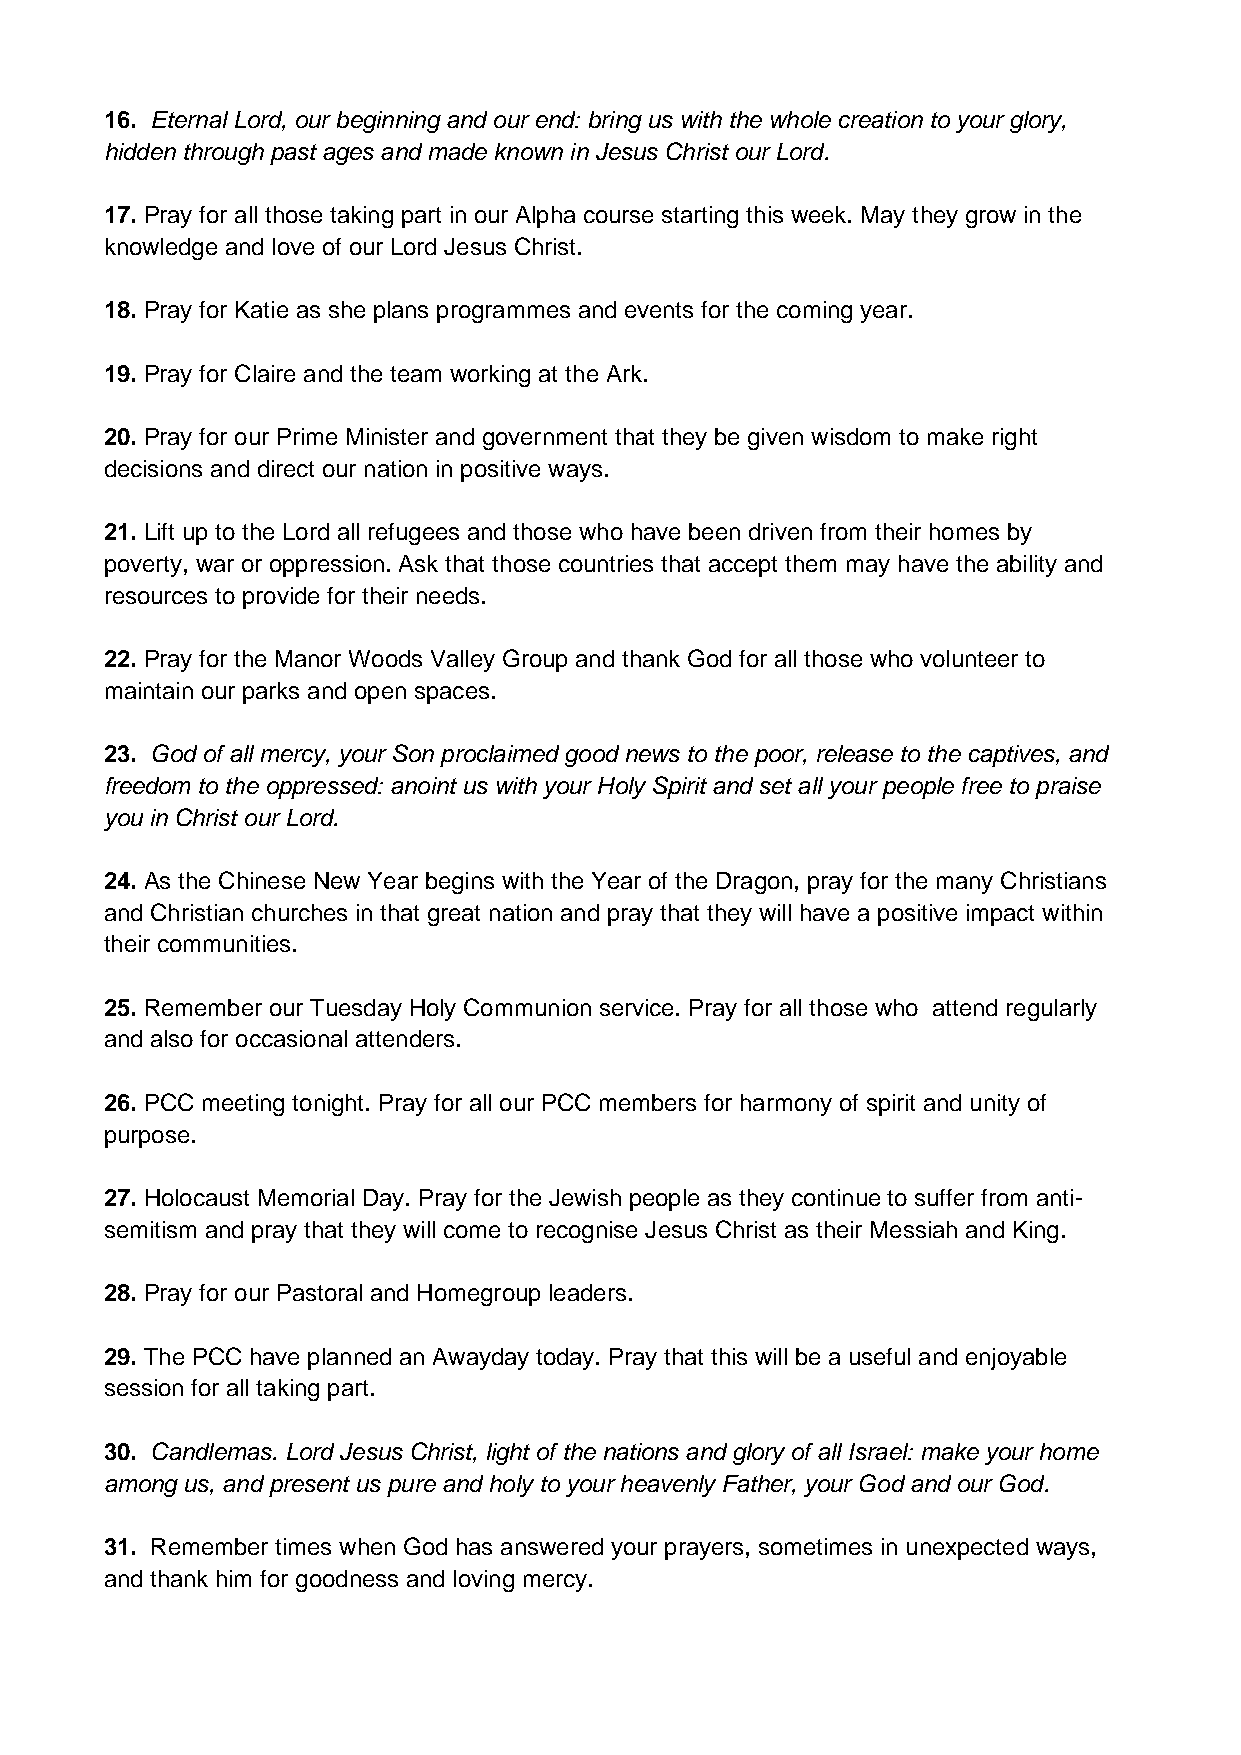
16. Eternal Lord, our beginning and our end: bring us with the whole creation to your glory,
 hidden through past ages and made known in Jesus Christ our Lord.
 17. Pray for all those taking part in our Alpha course starting this week. May they grow in the
 knowledge and love of our Lord Jesus Christ.
 18. Pray for Katie as she plans programmes and events for the coming year.
 19. Pray for Claire and the team working at the Ark.
 20. Pray for our Prime Minister and government that they be given wisdom to make right
 decisions and direct our nation in positive ways.
 21. Lift up to the Lord all refugees and those who have been driven from their homes by
 poverty, war or oppression. Ask that those countries that accept them may have the ability and
 resources to provide for their needs.
 22. Pray for the Manor Woods Valley Group and thank God for all those who volunteer to
 maintain our parks and open spaces.
 23. God of all mercy, your Son proclaimed good news to the poor, release to the captives, and
 freedom to the oppressed: anoint us with your Holy Spirit and set all your people free to praise
 you in Christ our Lord.
 24. As the Chinese New Year begins with the Year of the Dragon, pray for the many Christians
 and Christian churches in that great nation and pray that they will have a positive impact within
 their communities.
 25. Remember our Tuesday Holy Communion service. Pray for all those who attend regularly
 and also for occasional attenders.
 26. PCC meeting tonight. Pray for all our PCC members for harmony of spirit and unity of
 purpose.
 27. Holocaust Memorial Day. Pray for the Jewish people as they continue to suffer from anti-
 semitism and pray that they will come to recognise Jesus Christ as their Messiah and King.
 28. Pray for our Pastoral and Homegroup leaders.
 29. The PCC have planned an Awayday today. Pray that this will be a useful and enjoyable
 session for all taking part.
 30. Candlemas. Lord Jesus Christ, light of the nations and glory of all Israel: make your home
 among us, and present us pure and holy to your heavenly Father, your God and our God.
 31. Remember times when God has answered your prayers, sometimes in unexpected ways,
 and thank him for goodness and loving mercy.